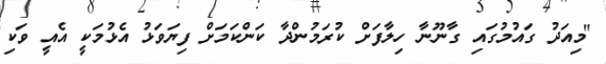
"މިއަދު ގައުމުގައި ގާނޫނާ ހިލާފަށް ކުރަމުންދާ ކަންކަމަށް ފިޔަވަޅު އެޅުމަކީ އެއީ ވަކި